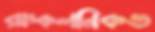
রাস্কলনিকভ